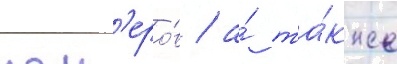
ном'еро́в / а́ та́кже